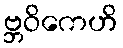
ဗ္ဘဝိကေဟိ